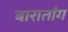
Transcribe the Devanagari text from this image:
बाराताँग